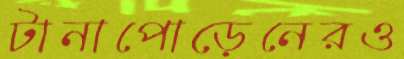
টানাপোড়েনেরও